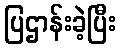
ပြဌာန်းခဲ့ပြီး